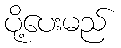
ပို့ပေးမည်